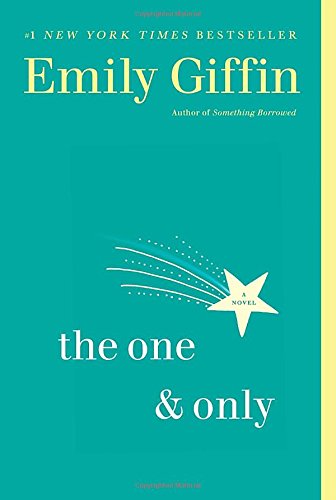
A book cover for The One & Only: A Novel; Emily Giffin; Mystery, Thriller & Suspense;